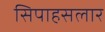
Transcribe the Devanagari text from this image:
सिपाहसलार